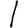
Digit: 1